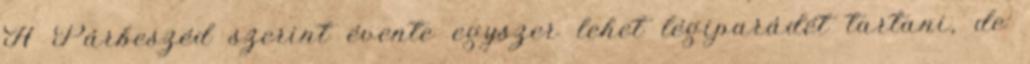
A Párbeszéd szerint évente egyszer lehet légiparádét tartani, de